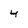
Character: 4